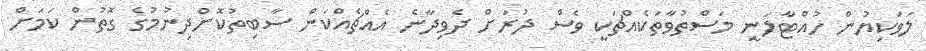
ލަވަކިޔުން ހުއްޓާލަނީ މަސްތުވާތަކެއްޗަކީ ވެސް ދުރަށް ދެވިދާނެ އެއްޗެއްކަން ސާބިތުކޮށްދިނުމުގެ ގޮތުން ކަމަށް